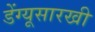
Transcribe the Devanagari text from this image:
डेंग्यूसारखी